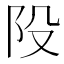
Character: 𨸜